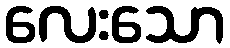
လေးသော